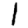
Digit: 1